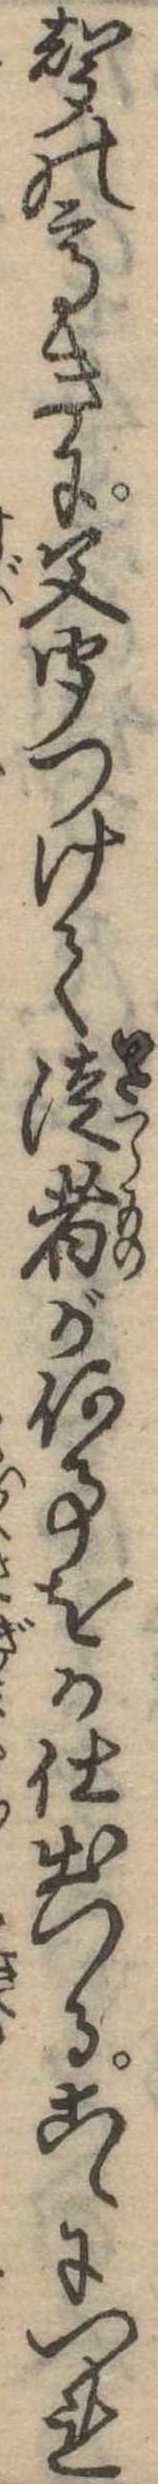
声の高きに父聞つけて徒者が何事をか仕出つるこゝにつれ